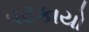
પટકાયો